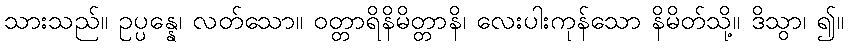
သားသည်။ ဥပ္ပန္နေ၊ လတ်သော။ ဝတ္တာရိနိမိတ္တာနိ၊ လေးပါးကုန်သော နိမိတ်သို့။ ဒိသွာ၊ ၍။